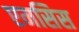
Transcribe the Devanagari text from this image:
एमसिस